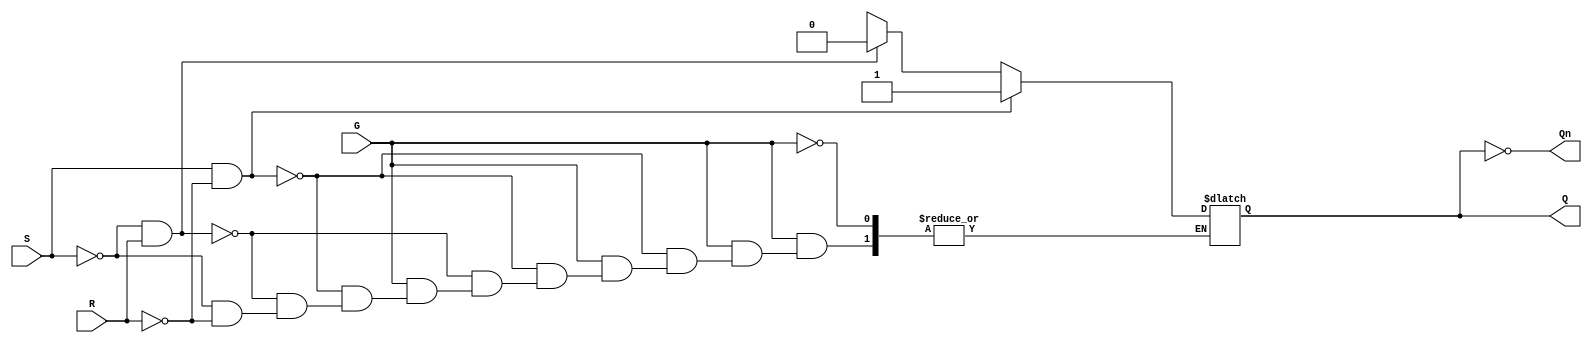
module gated_sr_latch (
    input wire S,      // Set input
    input wire R,      // Reset input
    input wire G,      // Gate input
    output reg Q,      // Output Q
    output wire Qn     // Output Q' (not Q)
);

    assign Qn = ~Q; // Complement of Q

    always @(*) begin
        if (G) begin
            if (S && ~R) begin
                Q = 1'b1; // Set condition
            end else if (~S && R) begin
                Q = 1'b0; // Reset condition
            end else if (~S && ~R) begin
                // Hold previous state (no change)
                Q = Q; // Retain current state
            end else begin
                // Invalid condition (S = 1, R = 1)
                Q = 1'bx; // Undefined state
            end
        end
        // When G is low, retain the current state
    end

endmodule